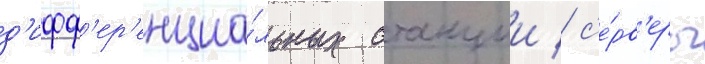
д'ифф'ер'енциа́льных станции / с'е́рв'еры